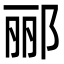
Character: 郦